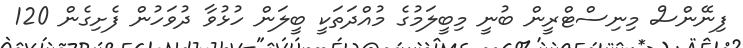
ފިނޭންސް މިނިސްޓްރީން ބުނީ މިބީލަމުގެ މުއްދަތަކީ ބީލަން ހުޅުވާ ދުވަހުން ފެށިގެން 120